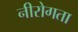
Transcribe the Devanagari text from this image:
नीरोगता